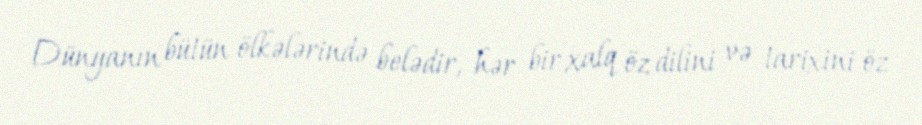
Dünyanın bütün ölkələrində belədir, hər bir xalq öz dilini və tarixini öz